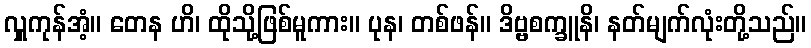
လှူကုန်အံ့။ တေန ဟိ၊ ထိုသို့ဖြစ်မူကား။ ပုန၊ တစ်ဖန်။ ဒိဗ္ဗစက္ခူနိ၊ နတ်မျက်လုံးတို့သည်။